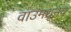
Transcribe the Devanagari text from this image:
वाउमधूनच